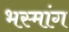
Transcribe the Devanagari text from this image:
भस्मांग